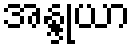
အန္ဒုယာ